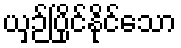
ယှဉ်ပြိုင်နိုင်သော